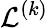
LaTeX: \mathcal{L}^{(k)}